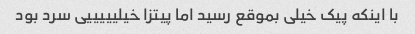
با اینکه پیک خیلی بموقع رسید اما پیتزا خیلیییییی سرد بود